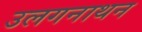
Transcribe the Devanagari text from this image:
उलगनाथन